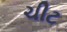
ચીટ